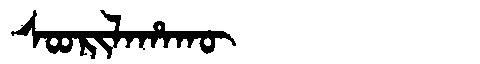
Manchu: ᠰᠣᠣᡵᡳᠯᠠᡥᠠᡴᡡ
Romanization: SOORILAHAKŪ